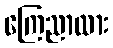
ကြေညာထား